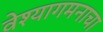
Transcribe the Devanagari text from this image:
वेश्यागमनाचा